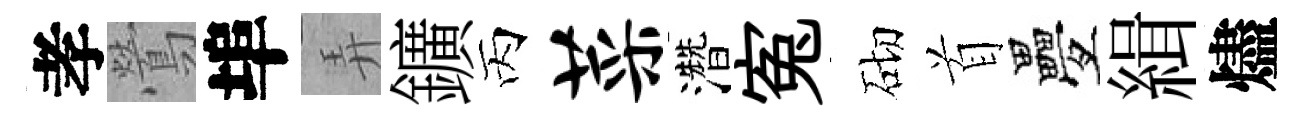
孝鶯埠弄鑛丙菜濳寃砌首疊緝燼